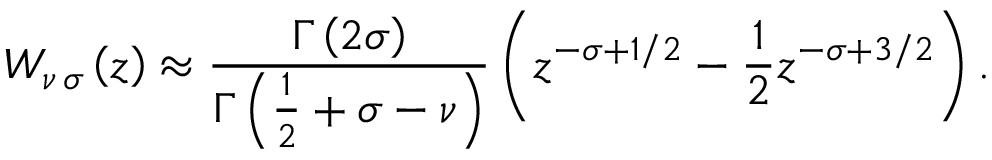
W _ { \nu \, \sigma } \left( z \right) \approx \frac { \Gamma \left( 2 \sigma \right) } { \Gamma \left( \frac { 1 } { 2 } + \sigma - \nu \right) } \left( z ^ { - \sigma + 1 / 2 } - \frac { 1 } { 2 } z ^ { - \sigma + 3 / 2 } \right) .